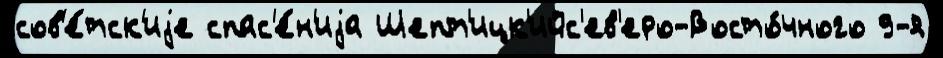
сов'е́тск'иjе спас'е́н'иjа Шепт'ицк'ийс'ев'еро-Восто́чного 9-я